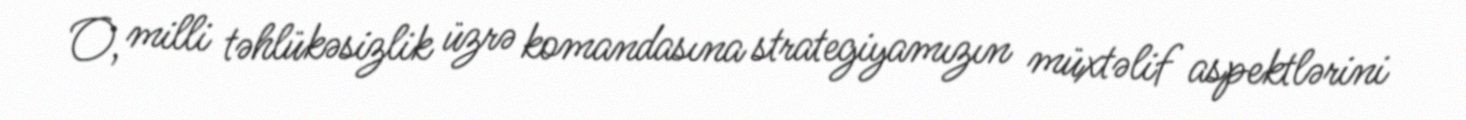
O, milli təhlükəsizlik üzrə komandasına strategiyamızın müxtəlif aspektlərini